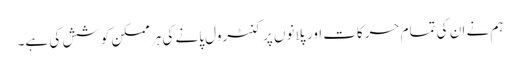
ہم نے ان کی تمام حرکات اور پلانوں پر کنٹرول پانے کی ہر ممکن کوشش کی ہے۔